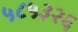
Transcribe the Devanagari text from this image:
५८५३२६